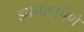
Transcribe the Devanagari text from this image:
ज्ञानरूपिणे